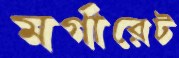
মর্গারেট